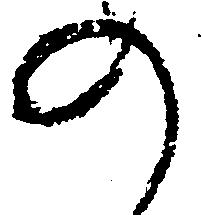
の